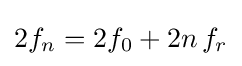
2f_{n}=2f_{0}+2n\,f_{r}